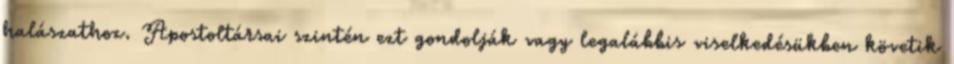
halászathoz. Apostoltársai szintén ezt gondolják vagy legalábbis viselkedésükben követik